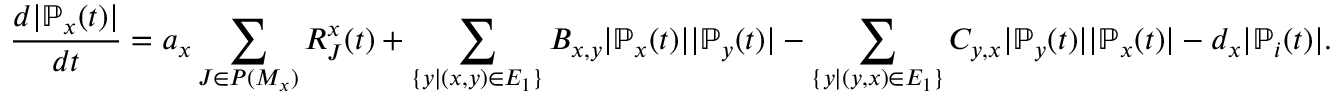
\frac { d | \mathbb { P } _ { x } ( t ) | } { d t } = a _ { x } \sum _ { J \in P ( M _ { x } ) } R _ { J } ^ { x } ( t ) + \sum _ { \{ y | ( x , y ) \in E _ { 1 } \} } B _ { x , y } | \mathbb { P } _ { x } ( t ) | | \mathbb { P } _ { y } ( t ) | - \sum _ { \{ y | ( y , x ) \in E _ { 1 } \} } C _ { y , x } | \mathbb { P } _ { y } ( t ) | | \mathbb { P } _ { x } ( t ) | - d _ { x } | \mathbb { P } _ { i } ( t ) | .